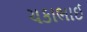
ચકાભાઈ